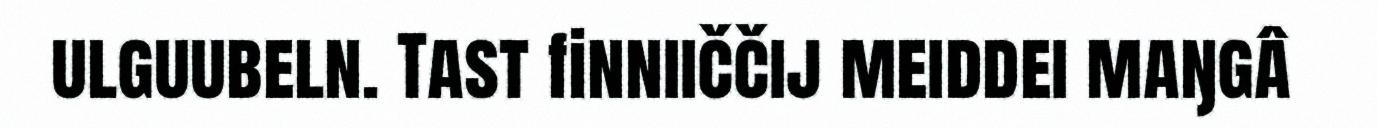
ulguubeln. Tast finniiččij meiddei maŋgâ